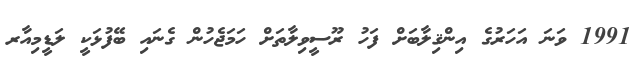
1991 ވަނަ އަހަރުގެ އިންޤިލާބަށް ފަހު ރޫސީވިލާތަށް ހަމަޖެހުން ގެނައި ބޭފުޅަކީ ލަޑީމިއާރ